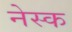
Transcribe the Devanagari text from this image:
नेस्क